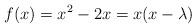
LaTeX: \begin{align*}f(x) = x^2 - 2x = x(x-\lambda) \end{align*}